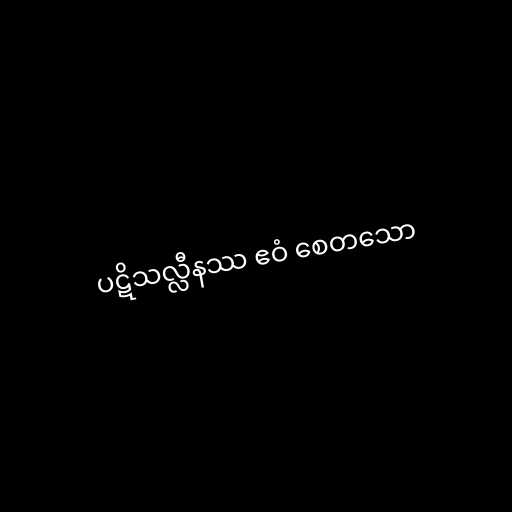
ပဋိသလ္လီနဿ ဧဝံ စေတသော